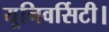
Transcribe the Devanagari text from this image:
यूनिवर्सिटी।